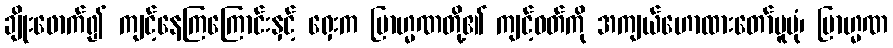
ချိုးဖောက်၍ ကျင့်နေကြကြောင်းနှင့် ရှေးက ဗြာဟ္မဏတို့၏ ကျင့်ဝတ်ကို အကျယ်ဟောထားတော်မူပုံ၊ ဗြာဟ္မဏ